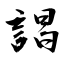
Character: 誯